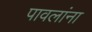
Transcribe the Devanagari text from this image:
पावलांना